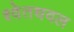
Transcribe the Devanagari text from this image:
श्वेतधवल